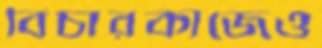
বিচারকাজেও